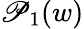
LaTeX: \mathscr{P}_{1}(w)